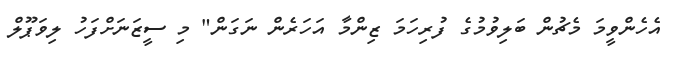
އެހެންވީމަ މެޗުން ބަލިވުމުގެ ފުރިހަމަ ޒިންމާ އަހަރެން ނަގަން" މި ސީޒަނަށްފަހު ލިވަޕޫލް